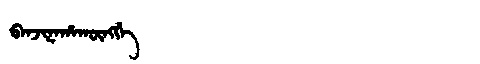
Manchu: ᠪᠠᠨᠵᡳᠨᠠᡥᠠᡴᡡᠩᡤᡝ
Romanization: BANJINAHAKŪNGGE